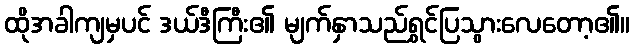
ထိုအခါကျမှပင် ဒယ်ဒီကြီး၏ မျက်နှာသည်ရွှင်ပြသွားလေတော့၏။